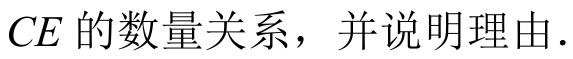
\(CE\)的数量关系，并说明理由.